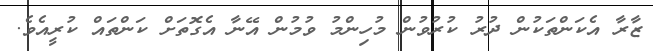
ޒާރާ އެކަންތަކުން ދުރު ކުރުވުން މުހިންމު ވުމުން އޭނާ އެގޮތަށް ކަންތައް ކުރީއެވެ.